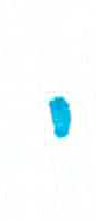
אות: י